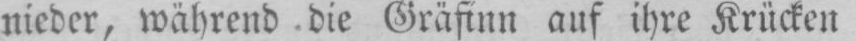
nieder, während die Gräfinn auf ihre Krücken